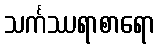
သင်္ကဿရာစာရော